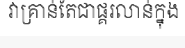
វាគ្រាន់តែជាផ្គរលាន់ក្នុង